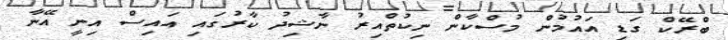
ބްރޭކް ގަޑި އައުމުން މުސްކާން ނިކުތްއިރު ނާޝިދު ކާރުގައި އައިސް އިނީ އޭނާ